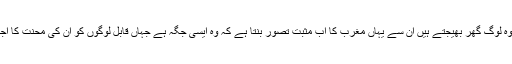
جو پیسے وہ لوگ گھر بھیجتے ہیں ان سے یہاں مغرب کا اب مثبت تصور بنتا ہے کہ وہ ایسی جگہ ہے جہاں قابل لوگوں کو ان کی محنت کا اجر ملتا ہے۔